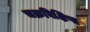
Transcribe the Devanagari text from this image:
चक्रविक्षिप्त